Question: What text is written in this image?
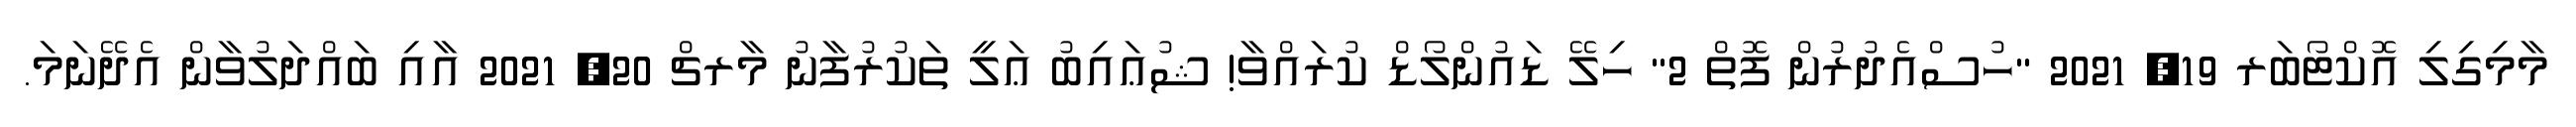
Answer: މާމިގިލި އޮކްޓޯބަރ 19, 2021 "ހުސްއެދުރުން ފޮތް 2" ހިލޭ ޑައުންލޯޑް ކުރައްވާ! ޝުޢައިބު ޢަލީ ތަކުރުފާނު މާރޗް 20, 2021 އާއި ބައްދަލުވާން އެދޭނަމަ.